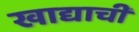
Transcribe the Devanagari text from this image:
खाद्याची